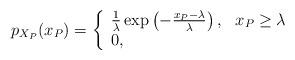
LaTeX: \begin{align*}p_{X_P}(x_P) = \left\{ \begin{array}{ll} \frac{1}{\lambda} \exp\left(-\frac{x_P-\lambda}{\lambda}\right),& x_P \geq \lambda \\ 0,& \end{array} \right.\end{align*}